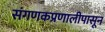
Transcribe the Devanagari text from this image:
संगणकप्रणालीपासून